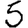
Digit: 5